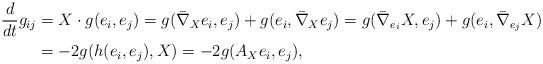
LaTeX: \begin{align*} \frac{d}{dt} g_{ij} & = X \cdot g(e_i, e_j) = g(\bar \nabla_X e_i,e_j) + g(e_i, \bar \nabla_X e_j) = g(\bar \nabla_{e_i} X, e_j) + g(e_i, \bar \nabla_{e_j} X) \\&= -2 g(h(e_i, e_j), X) = -2g(A_X e_i, e_j), \end{align*}